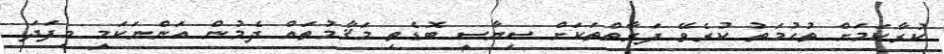
ކުރާކަމަށް ތުހުމަތު ކުރެވޭ ފަރާތްތަކަށް ސިޔާސީ ބޮޑެތި މަޤާމުތައް ދެމުން އަންނަކަމީ މިފަދަ